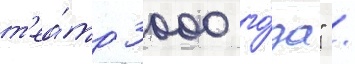
т'еа́тр 3000 го́да" /